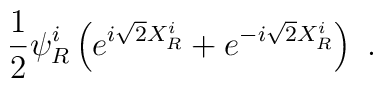
\frac{1}{2}\psi^{i}_{R}        \left(e^{i\sqrt{2}X_{R}^{i}}+e^{-i\sqrt{2}X_{R}^{i}}        \right)\  .